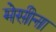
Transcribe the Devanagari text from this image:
मेसीना